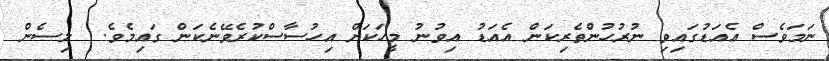
ނަމަވެސް އެއަޑުގައިވި ނުރުހުންތެރިކަން އެއަޑު އިވުނު މީހަކަށް އިހުސާސްކުރެވޭނެކަން ގައިމެވެ.  ލިސެން